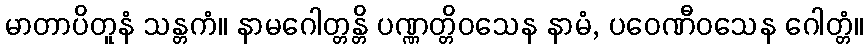
မာတာပိတူနံ သန္တကံ။ နာမဂေါတ္တန္တိ ပဏ္ဏတ္တိဝသေန နာမံ, ပဝေဏီဝသေန ဂေါတ္တံ။